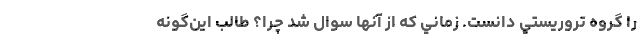
را گروه تروريستي دانست. زماني كه از آنها سوال شد چرا؟ طالب اين‌گونه